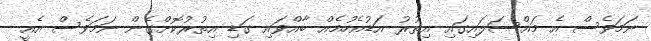
ނަމަވެސް އެ މައްސަލައިގައި އިތުރު އަޑުއެހުމެއް ބާއްވައި ގަޑި އިތުރުކޮށްގެން ނަމަވެސް އެއީ